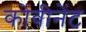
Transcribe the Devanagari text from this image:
कोवीनेंट